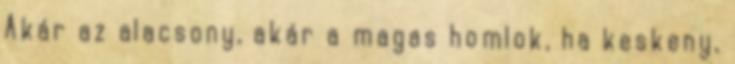
Akár az alacsony, akár a magas homlok, ha keskeny,